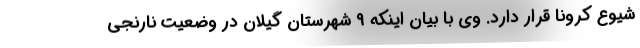
شیوع کرونا قرار دارد. وی با بیان اینکه ۹ شهرستان گیلان در وضعیت نارنجی